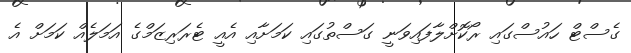
ގެސްޓް ހައުސްގައި ރޯކޮށްލާފައިވަނީ ގަސްތުގައި ކަމަށާއި އެއީ ޓެރަރިޒަމްގެ އަމަލެއް ކަމަށް އެ